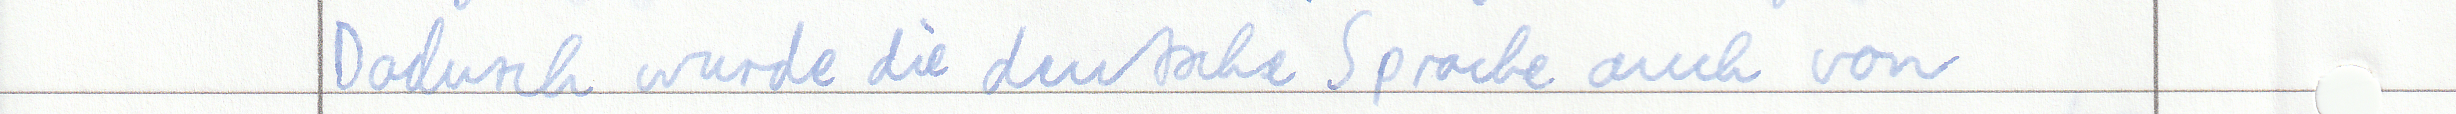
Dadurch wurde die deutsche Sprache auch von